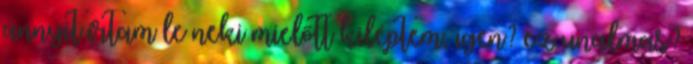
annyit írtam le neki mielőtt kiléptem, igen? ez unalmas?